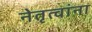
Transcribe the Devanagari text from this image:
नेतृत्वांना